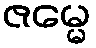
ဇမ္မေ